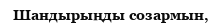
Шандырыңды созармын,